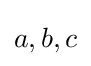
a,b,c